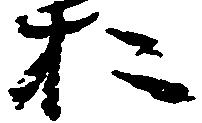
お